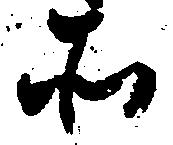
そ